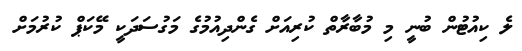
ލެ ކިއުޓުން ބުނީ މި މުބާރާތް ކުރިއަށް ގެންދިއުމުގެ މަގުސަދަކީ މޭކަޕް ކުރުމަށް